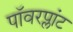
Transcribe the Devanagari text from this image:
पॉवरप्लांट